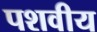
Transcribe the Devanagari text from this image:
पशवीय